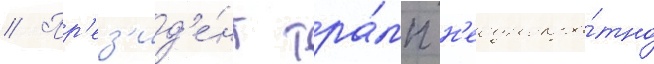
// Пр'ез'ид'е́нт тра́мп н'еоднокра́тно